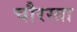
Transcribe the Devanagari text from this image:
चौरस्ता